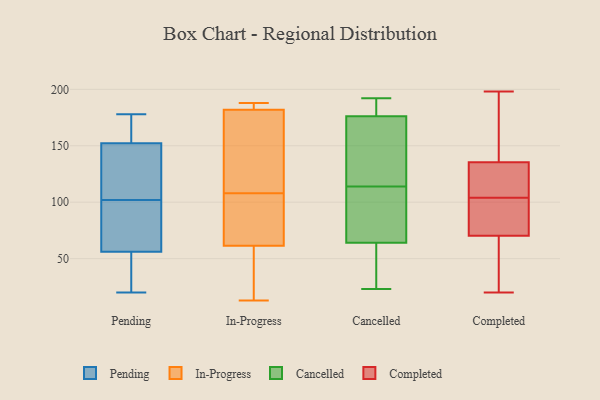
{"axis": {"x": "Satisfaction Score", "y": "Value"}, "legend": ["Cancelled", "Completed", "In-Progress", "Pending"], "data": [{"x": "", "y": 68, "type": "Pending"}, {"x": "", "y": 87, "type": "Pending"}, {"x": "", "y": 133, "type": "Pending"}, {"x": "", "y": 50, "type": "Pending"}, {"x": "", "y": 102, "type": "Pending"}, {"x": "", "y": 127, "type": "Pending"}, {"x": "", "y": 148, "type": "Pending"}, {"x": "", "y": 174, "type": "Pending"}, {"x": "", "y": 48, "type": "Pending"}, {"x": "", "y": 165, "type": "Pending"}, {"x": "", "y": 58, "type": "Pending"}, {"x": "", "y": 91, "type": "Pending"}, {"x": "", "y": 178, "type": "Pending"}, {"x": "", "y": 148, "type": "Pending"}, {"x": "", "y": 20, "type": "Pending"}, {"x": "", "y": 172, "type": "Pending"}, {"x": "", "y": 34, "type": "Pending"}, {"x": "", "y": 182, "type": "In-Progress"}, {"x": "", "y": 188, "type": "In-Progress"}, {"x": "", "y": 20, "type": "In-Progress"}, {"x": "", "y": 72, "type": "In-Progress"}, {"x": "", "y": 182, "type": "In-Progress"}, {"x": "", "y": 58, "type": "In-Progress"}, {"x": "", "y": 108, "type": "In-Progress"}, {"x": "", "y": 127, "type": "In-Progress"}, {"x": "", "y": 79, "type": "In-Progress"}, {"x": "", "y": 13, "type": "In-Progress"}, {"x": "", "y": 183, "type": "In-Progress"}, {"x": "", "y": 83, "type": "Cancelled"}, {"x": "", "y": 76, "type": "Cancelled"}, {"x": "", "y": 23, "type": "Cancelled"}, {"x": "", "y": 100, "type": "Cancelled"}, {"x": "", "y": 178, "type": "Cancelled"}, {"x": "", "y": 28, "type": "Cancelled"}, {"x": "", "y": 134, "type": "Cancelled"}, {"x": "", "y": 185, "type": "Cancelled"}, {"x": "", "y": 171, "type": "Cancelled"}, {"x": "", "y": 178, "type": "Cancelled"}, {"x": "", "y": 60, "type": "Cancelled"}, {"x": "", "y": 114, "type": "Cancelled"}, {"x": "", "y": 192, "type": "Cancelled"}, {"x": "", "y": 116, "type": "Cancelled"}, {"x": "", "y": 55, "type": "Cancelled"}, {"x": "", "y": 133, "type": "Completed"}, {"x": "", "y": 143, "type": "Completed"}, {"x": "", "y": 73, "type": "Completed"}, {"x": "", "y": 104, "type": "Completed"}, {"x": "", "y": 20, "type": "Completed"}, {"x": "", "y": 178, "type": "Completed"}, {"x": "", "y": 40, "type": "Completed"}, {"x": "", "y": 62, "type": "Completed"}, {"x": "", "y": 105, "type": "Completed"}, {"x": "", "y": 117, "type": "Completed"}, {"x": "", "y": 198, "type": "Completed"}, {"x": "", "y": 87, "type": "Completed"}, {"x": "", "y": 86, "type": "Completed"}]}